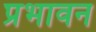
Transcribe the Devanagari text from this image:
प्रभावन